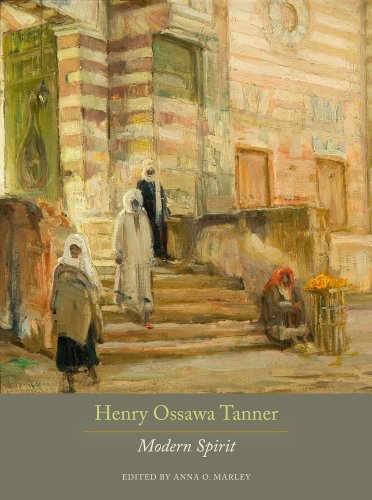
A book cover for Henry Ossawa Tanner: Modern Spirit; Politics & Social Sciences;